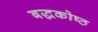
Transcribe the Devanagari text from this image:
बद्धकोष्ठ